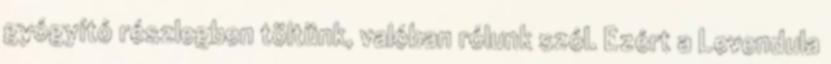
gyógyító részlegben töltünk, valóban rólunk szól. Ezért a Levendula